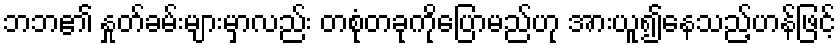
ဘဘ၏ နှုတ်ခမ်းများမှာလည်း တစုံတခုကိုပြောမည်ဟု အားယူ၍နေသည့်ဟန်ဖြင့်